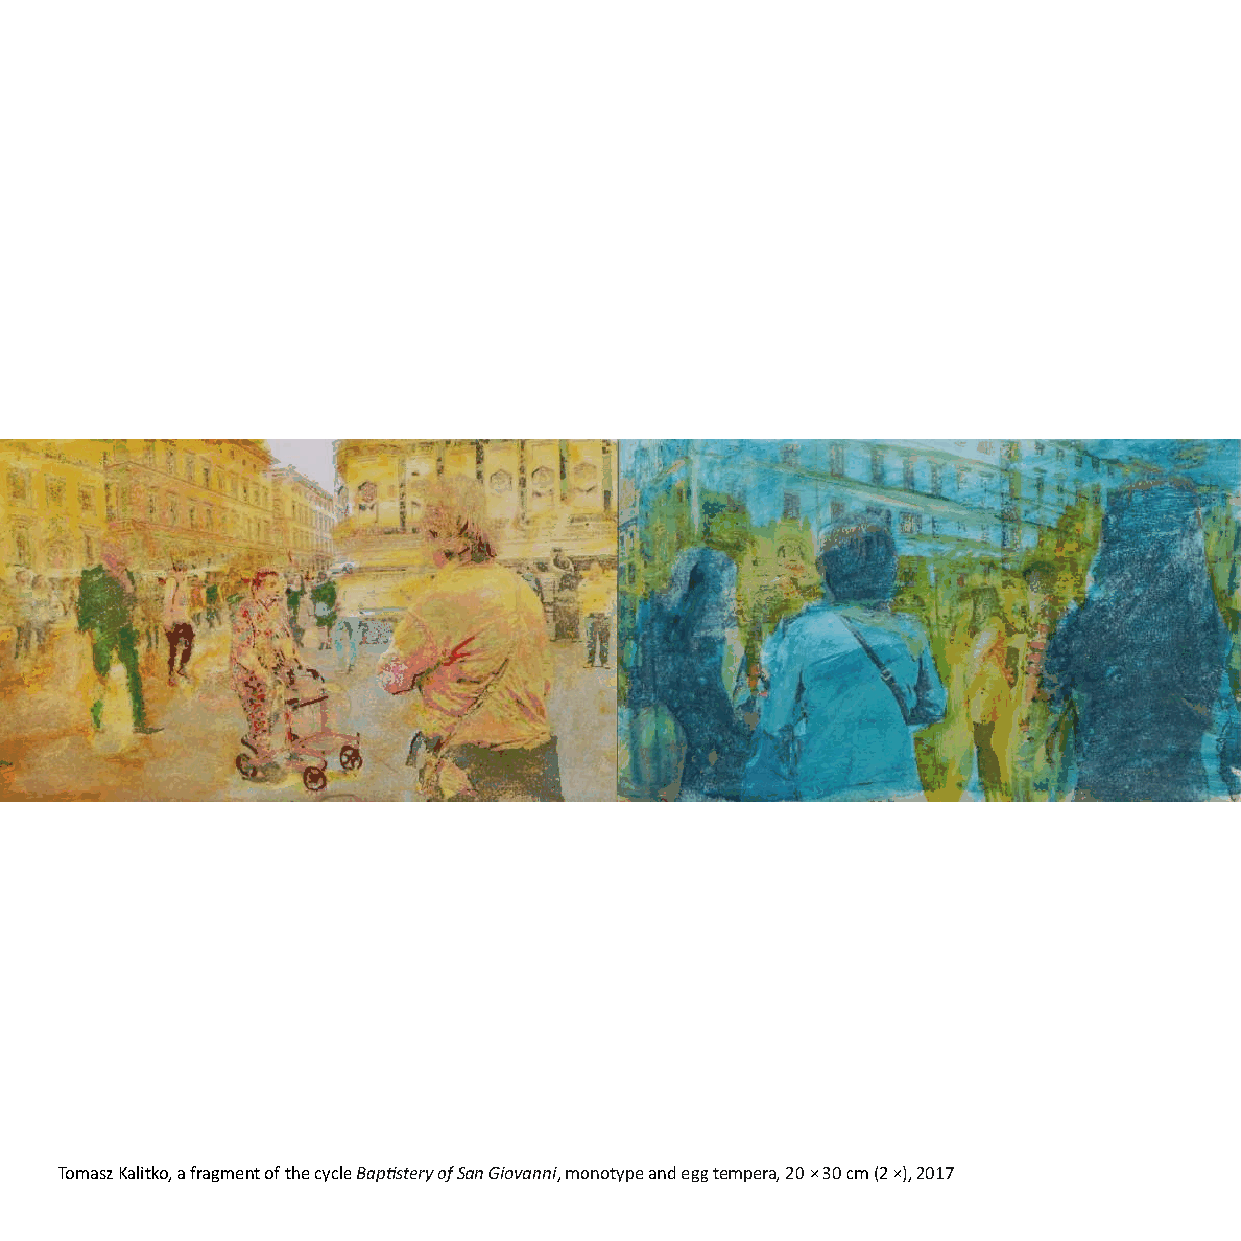
Tomasz Kalitko, a fragment of the cycle Bapstery of San Giovanni, monotype and egg tempera, 20 × 30 cm (2 ×), 2017